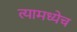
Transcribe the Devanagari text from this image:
त्यामध्येच